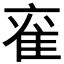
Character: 𮥹